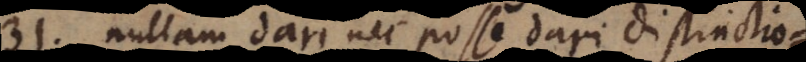
31. nullam dari nec posse dari distinctionem